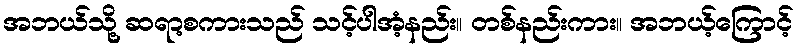
အဘယ်သို့ ဆရာ့စကားသည် သင့်ပါအံ့နည်း။ တစ်နည်းကား။ အဘယ့်ကြောင့်